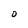
Character: D